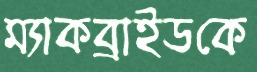
ম্যাকব্রাইডকে